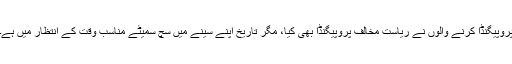
پروپیگنڈا کرنے والوں نے ریاست مخالف پروپیگنڈا بھی کیا، مگر تاریخ اپنے سینے میں سچ سمیٹے مناسب وقت کے انتظار میں ہے۔